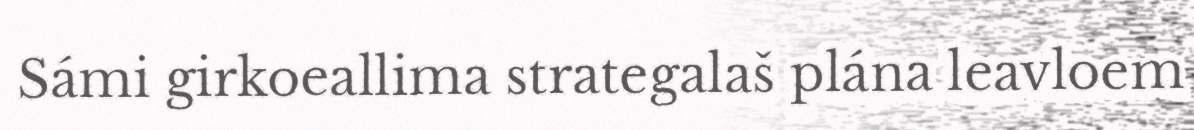
Sámi girkoeallima strategalaš plána leavloem